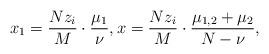
LaTeX: \begin{align*}x_1=\frac{Nz_i}{M}\cdot\frac{\mu_1}{\nu},x=\frac{Nz_i}{M}\cdot\frac{\mu_{1,2}+\mu_2}{N-\nu},\end{align*}